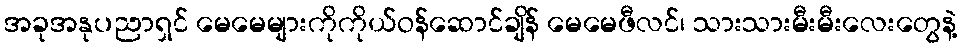
အခုအနုပညာရှင် မေမေများကိုကိုယ်ဝန်ဆောင်ချိန် မေမေဖီလင်၊ သားသားမီးမီးလေးတွေနဲ့